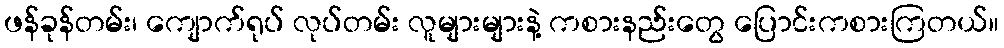
ဖန်ခုန်တမ်း၊ ကျောက်ရုပ် လုပ်တမ်း လူများများနဲ့ ကစားနည်းတွေ ပြောင်းကစားကြတယ်။